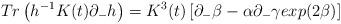
LaTeX: \begin{align*}Tr\left(h^{-1} K(t) \partial_- h \right) = K^3(t)\left[ \partial_{-}\beta -\alpha \partial_{-}\gamma exp(2\beta)\right]\end{align*}